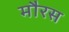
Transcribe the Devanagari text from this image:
मौरस